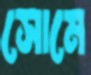
সোমে